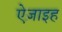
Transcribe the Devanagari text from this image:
ऐज़ाइह